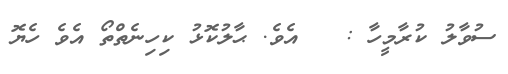
ސުވާލު ކުރާމީހާ :   އެވެ. ޙާލުކޮޅު ކިހިނެތްތޯ އެވެ ހެޔޮ